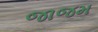
જાજમ